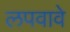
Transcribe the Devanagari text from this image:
लपवावे